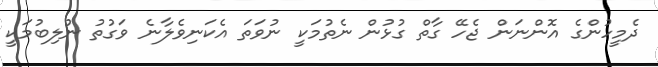
ދެމީހުންގެ އޮންނަން ޖެހޭ ގާތް ގުޅުން ނެތުމަކީ ނުވަތަ އެކަނިވެލާނެ ވަގުތު ނުލިބުމަކީ